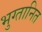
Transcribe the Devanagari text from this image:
भुग्तानित